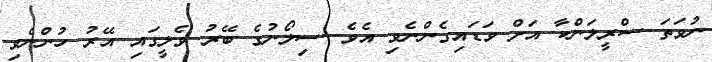
ނުވަތަ ސްރީލަންކާ އަށް ވަޑައިގެންނެވި އެވެ. ސިލޯނުގެ ބޭރު ވެލީގައި އޭރު ހުންނެވި